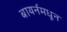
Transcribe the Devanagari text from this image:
बायर्नमधून